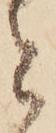
と